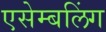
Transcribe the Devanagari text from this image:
एसेम्बलिंग